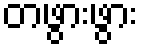
တဖွားဖွား